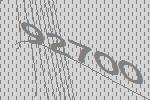
92700